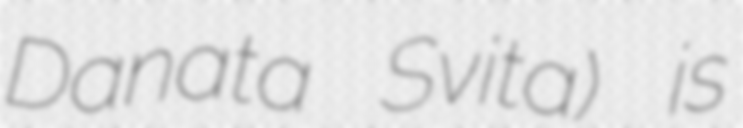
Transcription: Danata Svita) is